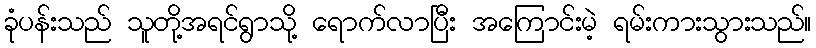
ခုံပန်းသည် သူတို့အရင်ရွာသို့ ရောက်လာပြီး အကြောင်းမဲ့ ရမ်းကားသွားသည်။